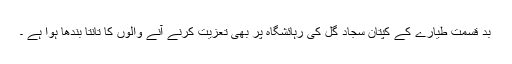
بد قسمت طیارے کے کپتان سجاد گل کی رہائشگاہ پر بھی تعزیت کرنے آنے والوں کا تانتا بندھا ہوا ہے ۔